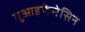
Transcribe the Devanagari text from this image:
गुआइफेनेसिन